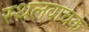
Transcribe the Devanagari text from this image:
स्थलवाचक